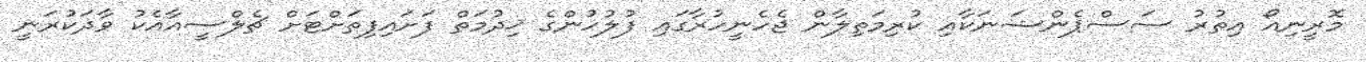
މޮރީނިއޯ އިތުރު ސަސްޕެންޝަނަކާއި ކުރިމަތިލާން ޖެހެނީހުރާގައި ފުލުހުންގެ ޚިދުމަތް ފަށައިފިތަށްޓަށް ޗެލްސީއާއެކު ވާދަކުރަނީ